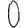
Digit: 0